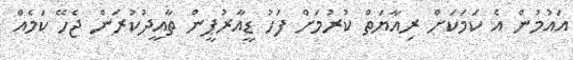
އައުމުން އެ ކަމަކަށް ރިއާޔަތް ކުރުމަށް ފަހު ޑީއާރުޕީން ތާއީދުކުރަން ޖެހޭ ކަމެއް